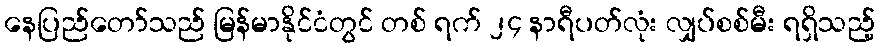
နေပြည်တော်သည် မြန်မာနိုင်ငံတွင် တစ် ရက် ၂၄ နာရီပတ်လုံး လျှပ်စစ်မီး ရရှိသည့်